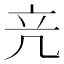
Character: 𥩕